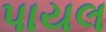
પાયલ